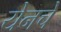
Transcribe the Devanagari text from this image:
येनचे